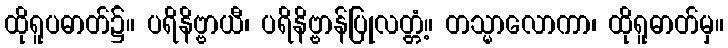
ထိုရူပဓာတ်၌။ ပရိနိဗ္ဗာယီ၊ ပရိနိဗ္ဗာန်ပြုလတ္တံ့။ တသ္မာလောကာ၊ ထိုရူဓာတ်မှ။